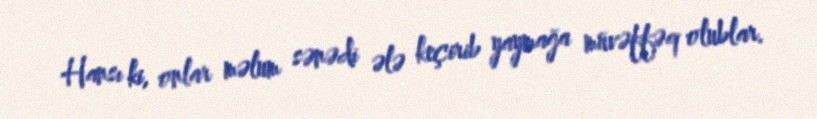
Hansı ki, onlar məlum sənədi ələ keçirib yaymağa müvəffəq olublar.